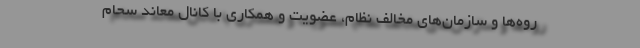
روه‌ها و سازمان‌های مخالف نظام، عضویت و همکاری با کانال معاند سحام